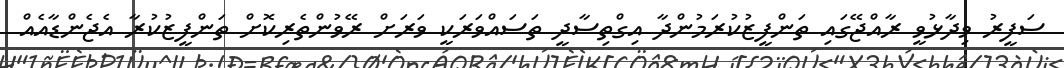
ސަފީރު ވިދާޅުވީ ރާއްޖޭގައި ތަންފީޒުކުރަމުންދާ އިގްތިސާދީ ތަސައްވަރަކީ ވަރަށް ރޭވުންތެރިކޮށް ތަންފީޒުކުރާ އެޖެންޑާއެއް